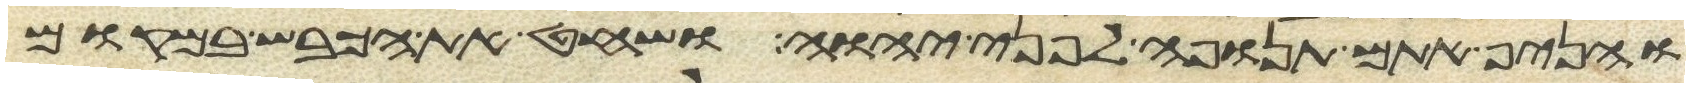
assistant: והניף אתם תנופה לפני יהוה ושחט את הכבש במקום